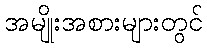
အမျိုးအစားများတွင်